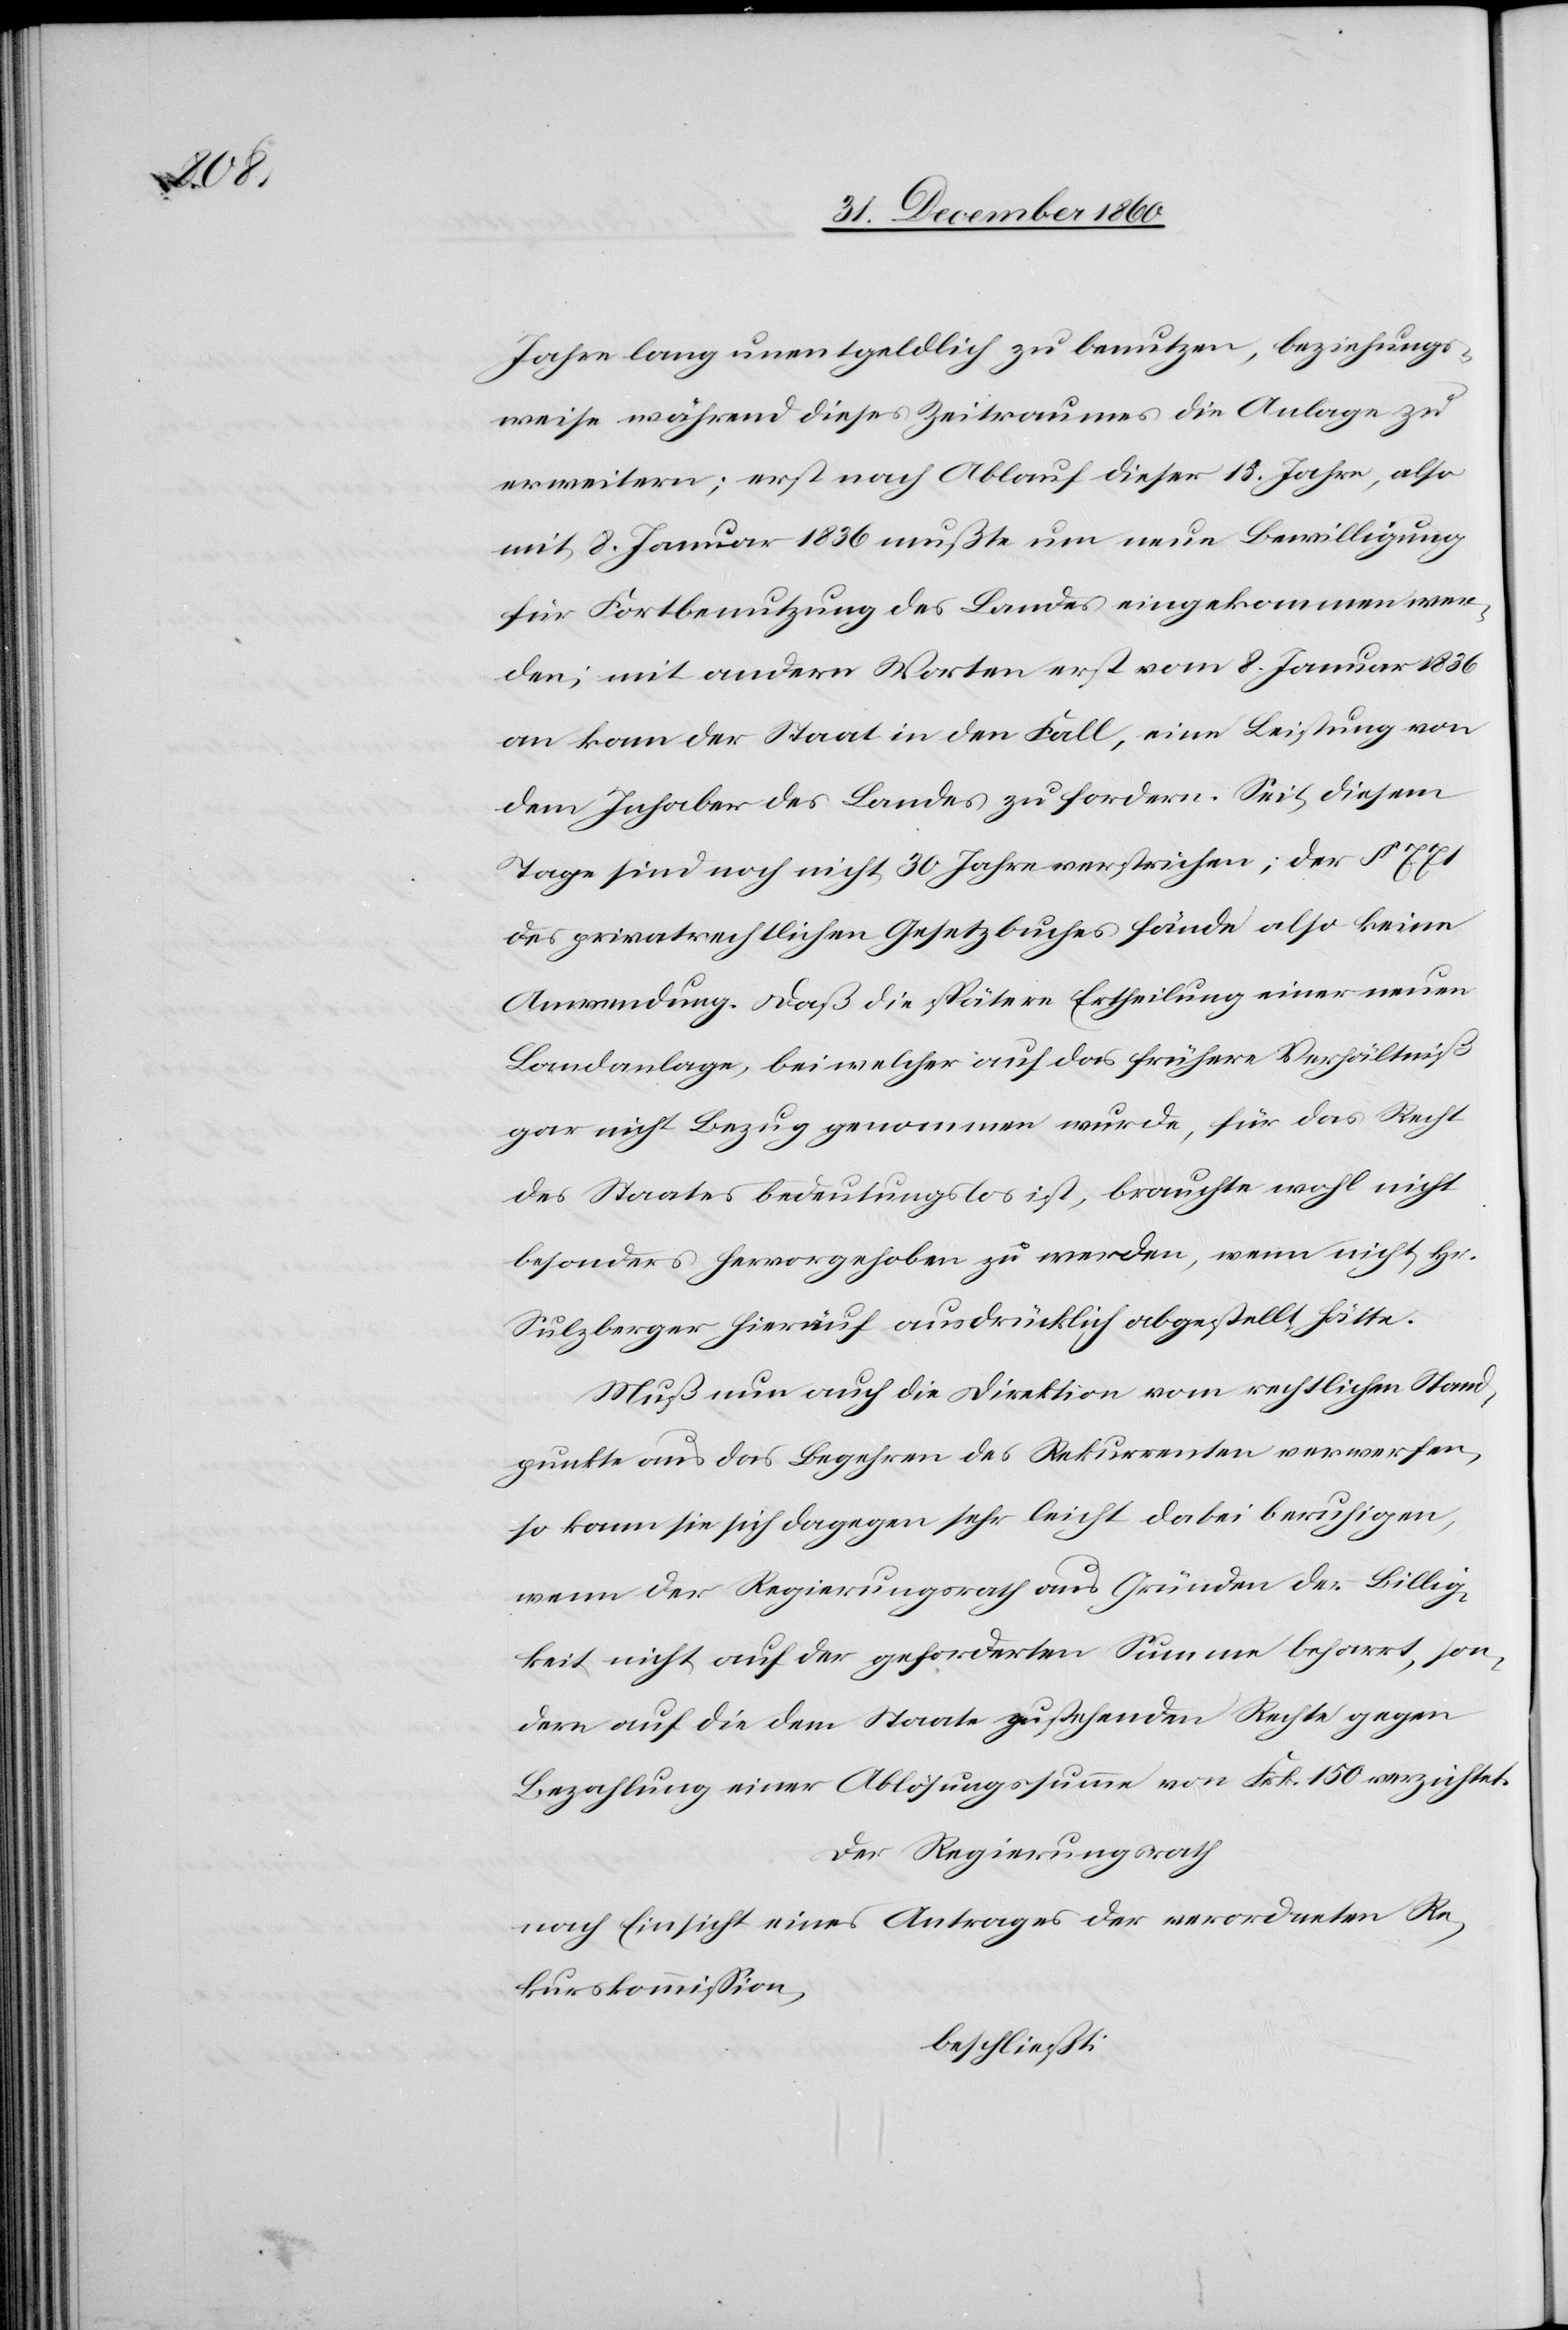
Jahre lang unentgeldlich zu benutzen, beziehungs¬
weise während dieses Zeitraumes die Anlage zu
erweitern; erst nach Ablauf dieser 15. Jahre, also
mit 8. Januar 1836 mußte um neue Bewilligung
für Fortbenutzung des Landes eingekommen wer¬
den; mit andern Worten erst vom 8. Januar 1836
an kam der Staat in den Fall, eine Leistung von
dem Inhaber des Landes zu fordern. Seit diesem
Tage sind noch nicht 30 Jahre verstrichen; der § 771
des privatrechtlichen Gesetzbuches fände also keine
Anwendung. Daß die spätere Ertheilung einer neuen
Landanlage, bei welcher auf das frühere Verhältniß
gar nicht Bezug genommen wurde, für das Recht
des Staates bedeutungslos ist, brauchte wohl nicht
besonders hervorgehoben zu werden, wenn nicht Hr.
Sulzberger hierauf ausdrücklich abgestellt hätte.
Muß nun auch die Direktion vom rechtlichen Stand¬
punkte aus das Begehren des Rekurrenten verwerfen,
so kann sie sich dagegen sehr leicht dabei beruhigen,
wenn der Regierungsrath aus Gründen der Billig¬
keit nicht auf der geforderten Summe beharrt, son¬
dern auf die dem Staate zustehenden Rechte gegen
Bezahlung einer Ablösungssumme von Frk. 150 verzichtet.
Der Regierungsrath
nach Einsicht eines Antrages der verordneten Re¬
kurskommission,
beschließt: